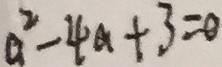
a ^ { 2 } - 4 a + 3 = 0